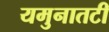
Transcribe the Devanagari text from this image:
यमुनातटी